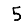
Digit: 5